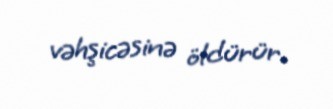
vəhşicəsinə öldürür.